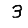
Digit: 3